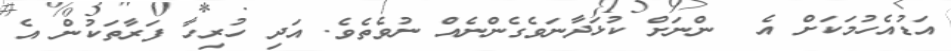
އަޑުއެހުމަކަށް އެ  ންނަށް ކުޅަދާނަވެގެންނެއް ނުވެތެވެ. އަދި ހުރިހާ ފަރާތަކުން އެ